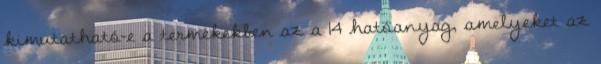
kimutatható-e a termékekben az a 14 hatóanyag, amelyeket az